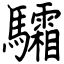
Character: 驦